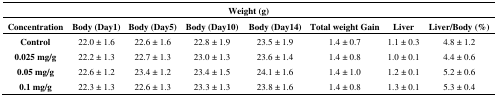
<table><thead><tr><td colspan="8"><b>Weight (g)</b></td></tr><tr><td><b>Concentration</b></td><td><b>Body (Day1)</b></td><td><b>Body (Day5)</b></td><td><b>Body (Day10)</b></td><td><b>Body (Day14)</b></td><td><b>Total weight Gain</b></td><td><b>Liver</b></td><td><b>Liver/Body (%)</b></td></tr></thead><tbody><tr><td><b>Control</b></td><td>22.0 ± 1.6</td><td>22.6 ± 1.6</td><td>22.8 ± 1.9</td><td>23.5 ± 1.9</td><td>1.4 ± 0.7</td><td>1.1 ± 0.3</td><td>4.8 ± 1.2</td></tr><tr><td><b>0.025 mg/g</b></td><td>22.2 ± 1.3</td><td>22.7 ± 1.3</td><td>23.0 ± 1.3</td><td>23.6 ± 1.4</td><td>1.4 ± 0.8</td><td>1.0 ± 0.1</td><td>4.4 ± 0.6</td></tr><tr><td><b>0.05 mg/g</b></td><td>22.6 ± 1.2</td><td>23.4 ± 1.2</td><td>23.4 ± 1.5</td><td>24.1 ± 1.6</td><td>1.4 ± 1.0</td><td>1.2 ± 0.1</td><td>5.2 ± 0.6</td></tr><tr><td><b>0.1 mg/g</b></td><td>22.3 ± 1.3</td><td>22.6 ± 1.3</td><td>23.3 ± 1.3</td><td>23.8 ± 1.6</td><td>1.4 ± 0.8</td><td>1.3 ± 0.1</td><td>5.3 ± 0.4</td></tr></tbody></table>